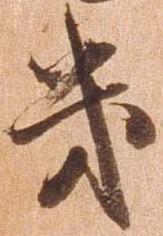
幾